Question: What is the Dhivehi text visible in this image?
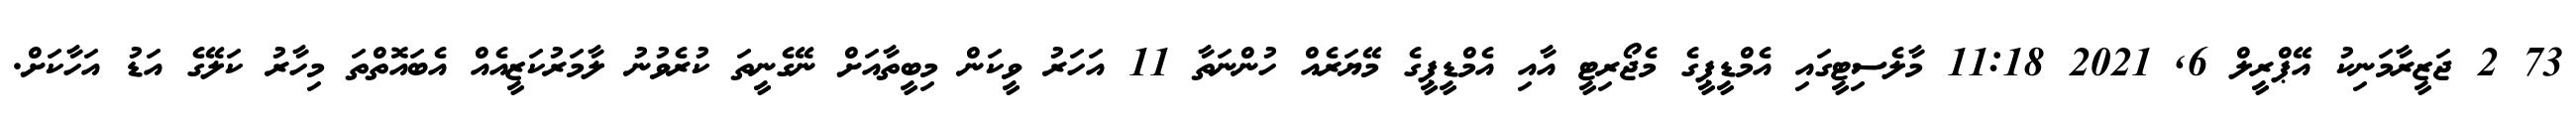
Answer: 73 2 ޖަޒީރާމަނިކު އޭޕްރީލް 6, 2021 11:18 މާލެސިޓީގައި އެމްޑީޕީގެ މެޖޯރިޓީ އާއި އެމްޑީޕީގެ މޭޔަރެއް ހުންނަތާ 11 އަހަރު ވީކަން މިބީތާއަށް ނޭގެނީތަ ކުރެވުނު ލާމަރުކަޒީއެއް އެބައޮތްތަ މިހާރު ކަލޭގެ އަޑު އަހާކަށް.